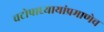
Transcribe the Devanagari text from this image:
चटोपाध्यायांप्रमाणेच